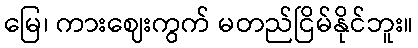
မြေ၊ ကားဈေးကွက် မတည်ငြိမ်နိုင်ဘူး။